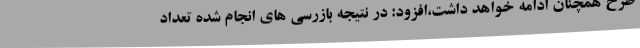
طرح همچنان ادامه خواهد داشت،افزود: در نتیجه بازرسی های انجام شده تعداد